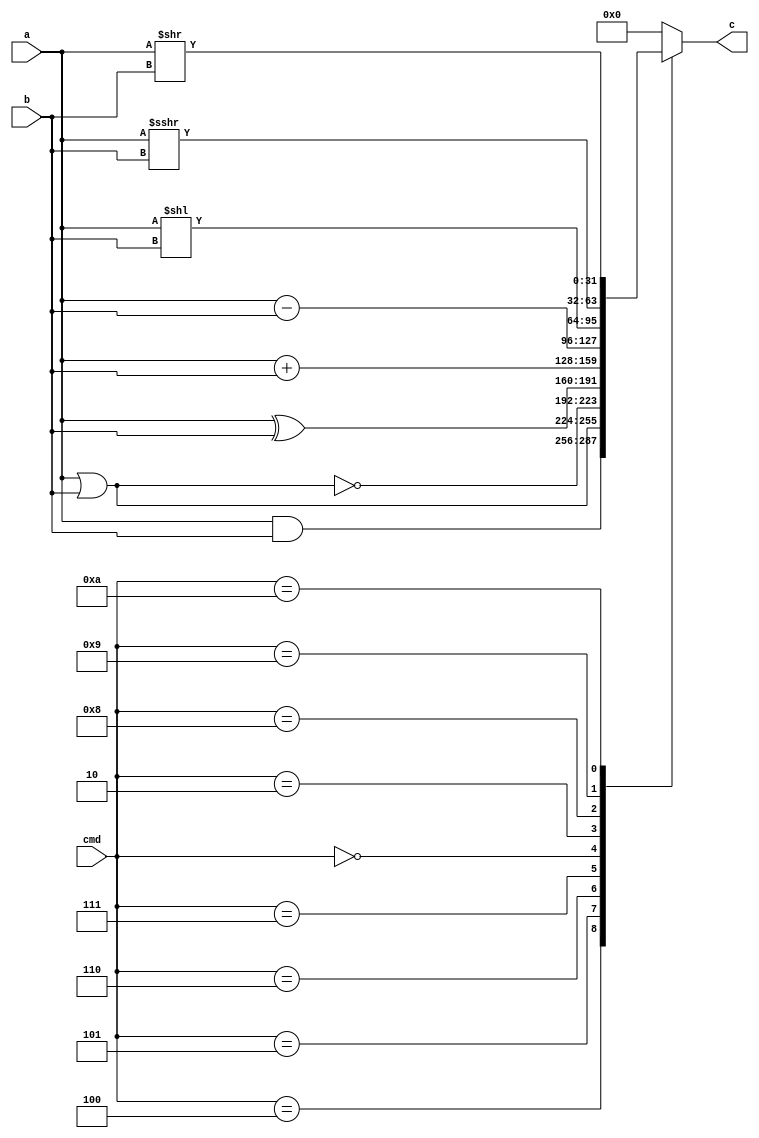
module ALU(
    input signed [31:0] a, b,
    input [3:0] cmd,
    output reg signed [31:0] c
);
    parameter [3:0] ADD = 0, SUB = 2, AND = 4, OR = 5, NOR = 6, XOR = 7, LEFT = 8, SRIGHT = 9, RIGHT = 10;
    always @(*)
        case (cmd)
            AND: c = a & b;
            OR:  c = a | b; 
            NOR: c = ~(a | b);
            XOR: c = a ^ b;
            ADD: c = a + b;
            SUB: c = a - b;
            LEFT: c = a << b;
            SRIGHT: c = a >>> b;
            RIGHT: c = a >> b;
            default: c = 0;
        endcase
endmodule